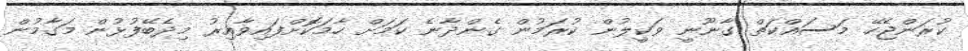
ކުރަންޖެހޭ މަސައްކަތް ގާނޫނީ ވަކީލުން ކުރަމުން ގެންދާނެ ކަމަށް ހާމަކޮށްފައިވާއިރު މިދެބޭފުޅުން މަގާމުން